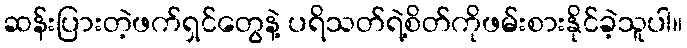
ဆန်းပြားတဲ့ဖက်ရှင်တွေနဲ့ ပရိသတ်ရဲ့စိတ်ကိုဖမ်းစားနိုင်ခဲ့သူပါ။